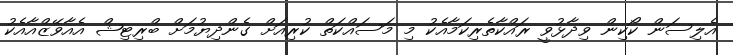
އެލިސަން ކޯކިން ވިދާޅުވީ ރައްކާތެރިކަމާއެކު މި މަސައްކަތް ކުރިއަށް ގެންދިޔުމަށް ބްރިޓިޝް އެއާވޭޒްއާއެކު